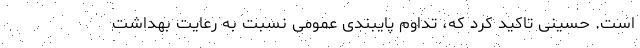
است. حسینی تاکید کرد که، تداوم پایبندی عمومی نسبت به رعایت بهداشت